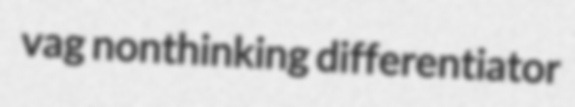
vag nonthinking differentiator